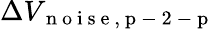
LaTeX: \Delta V_{\mathrm{~n~o~i~s~e~,~p~-~2~-~p~}}